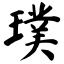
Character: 璞